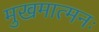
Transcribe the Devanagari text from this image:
मुखमात्मनः